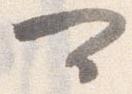
可